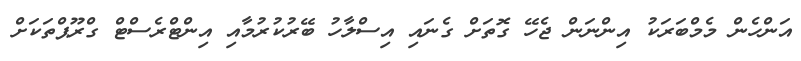
އަންހެން މެމްބަރަކު އިންނަން ޖެހޭ ގޮތަށް ގެނައި އިސްލާހު ބޭރުކުރުމާއި އިންޓްރެސްޓް ގްރޫޕްތަކަށް